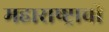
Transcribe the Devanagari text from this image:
महाराष्ष्ट्राची